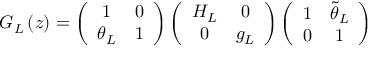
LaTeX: G _ { L } \left( z \right) = \left( \begin{array} { c c } { { 1 } } & { { 0 } } \\ { { \theta _ { L } } } & { { 1 } } \end{array} \right) \left( \begin{array} { c c } { { H _ { L } } } & { { 0 } } \\ { { 0 } } & { { g _ { L } } } \end{array} \right) \left( \begin{array} { c c } { { 1 } } & { { \tilde { \theta } _ { L } } } \\ { { 0 } } & { { 1 } } \end{array} \right)